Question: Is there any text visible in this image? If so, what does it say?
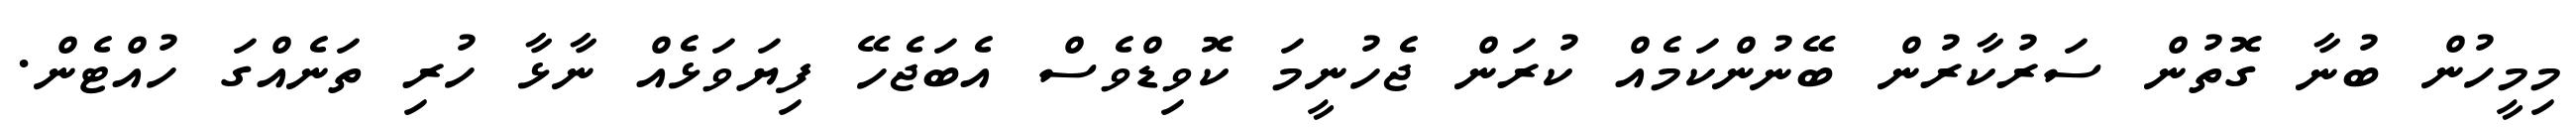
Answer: މިމީހުން ބުނާ ގޮތުން ސަރުކާރުން ބޭނުންކަމެއް ކުރަން ޖެހުނީމަ ކޮވިޑްވެސް އެބަޖެހޭ ފިޔަވަޅެއް ނާޅާ ހުރި ތަނެއްގަ ހުއްޓެން.